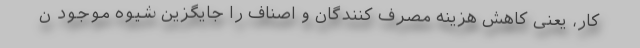
کار، یعنی کاهش هزینه مصرف کنندگان و اصناف را جایگزین شیوه موجود ن